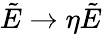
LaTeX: \tilde{E}\rightarrow\eta\tilde{E}